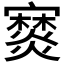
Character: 𤑖